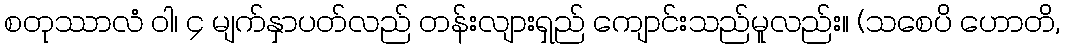
စတုဿာလံ ဝါ၊ ၄ မျက်နှာပတ်လည် တန်းလျားရှည် ကျောင်းသည်မူလည်း။ (သစေပိ ဟောတိ,